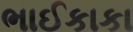
ભાઈકાકા